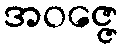
အဝဇ္ဇေ